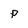
Character: P